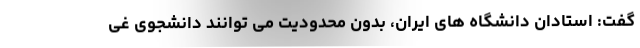
گفت: استادان دانشگاه های ایران، بدون محدودیت می توانند دانشجوی غی